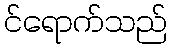
င်ရောက်သည်